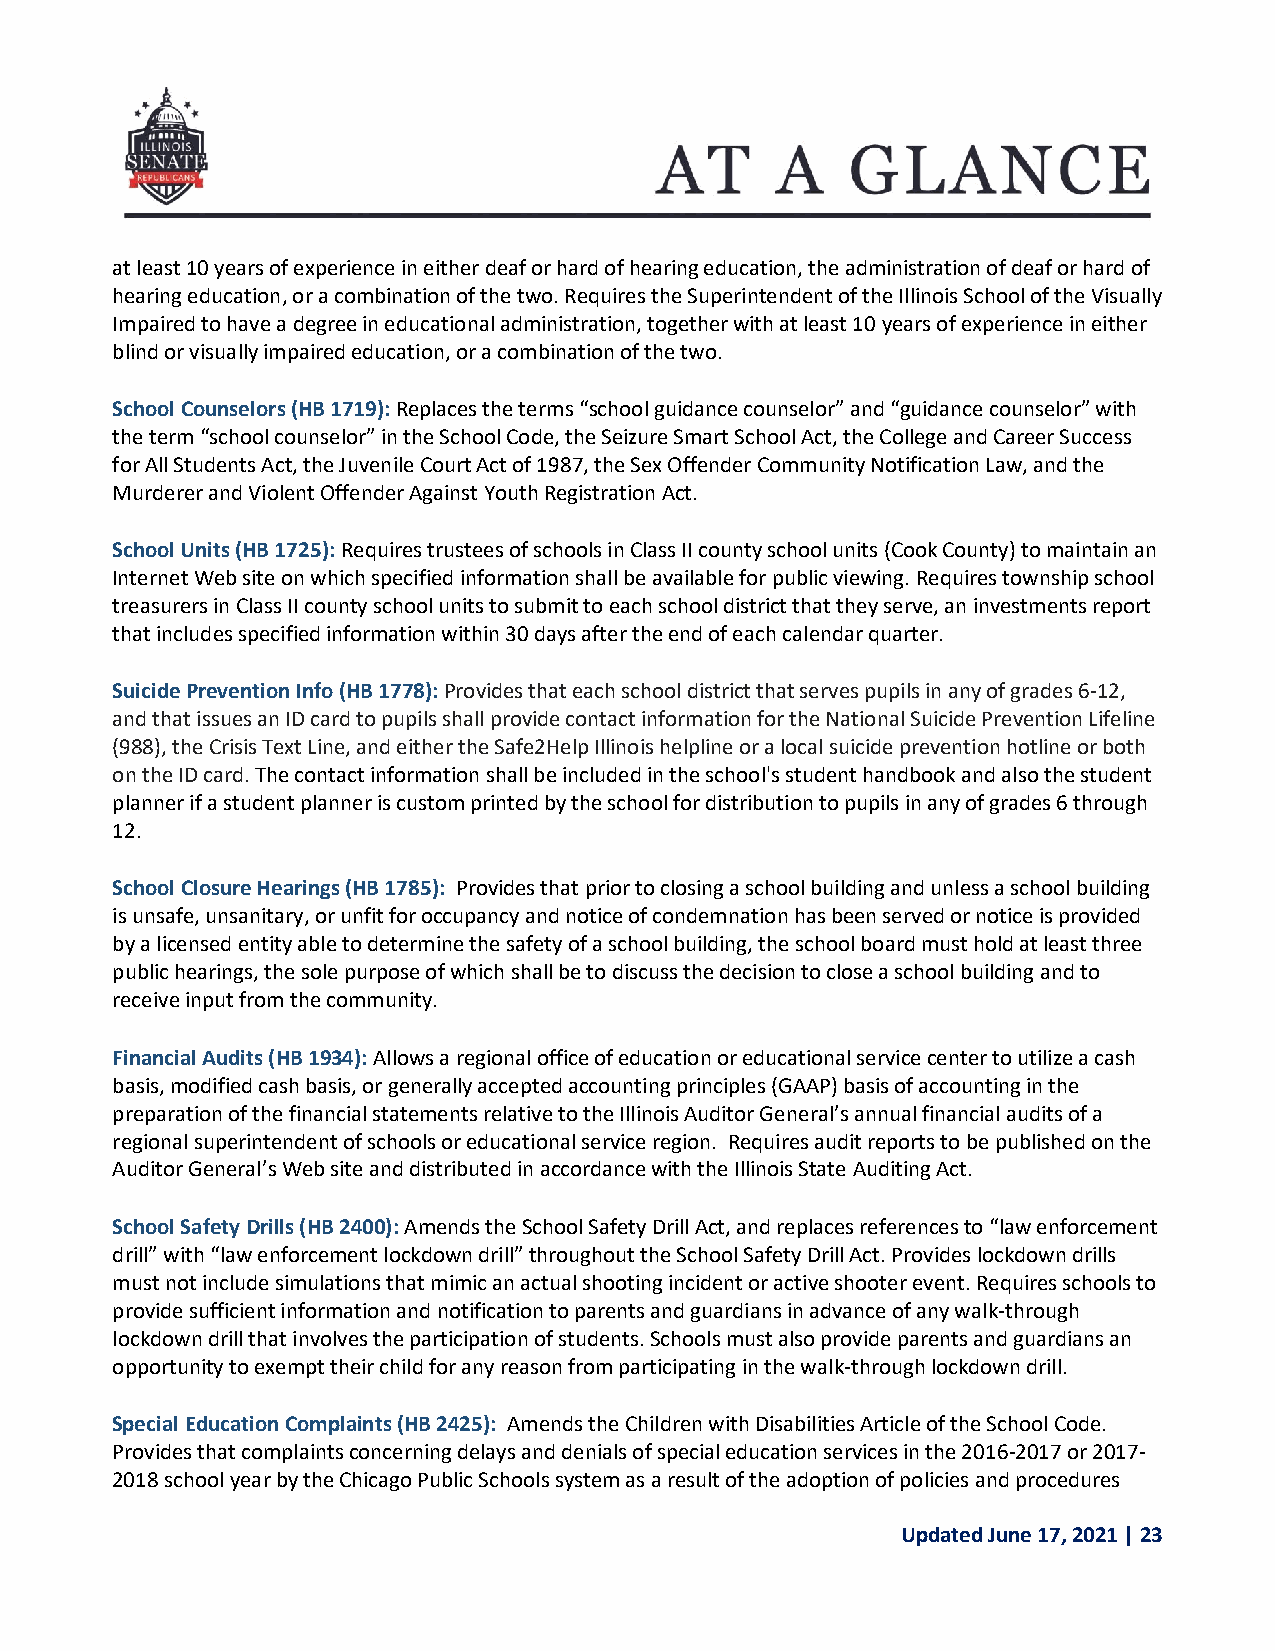
at least 10 years of experience in either deaf or hard of hearing education, the administration of deaf or hard of
 hearing education, or a combination of the two. Requires the Superintendent of the Illinois School of the Visually
 Impaired to have a degree in educational administration, together with at least 10 years of experience in either
 blind or visually impaired education, or a combination of the two.
 School Counselors (HB 1719): Replaces the terms “school guidance counselor” and “guidance counselor” with
 the term “school counselor” in the School Code, the Seizure Smart School Act, the College and Career Success
 for All Students Act, the Juvenile Court Act of 1987, the Sex Offender Community Notification Law, and the
 Murderer and Violent Offender Against Youth Registration Act.
 School Units (HB 1725): Requires trustees of schools in Class II county school units (Cook County) to maintain an
 Internet Web site on which specified information shall be available for public viewing. Requires township school
 treasurers in Class II county school units to submit to each school district that they serve, an investments report
 that includes specified information within 30 days after the end of each calendar quarter.
 Suicide Prevention Info (HB 1778): Provides that each school district that serves pupils in any of grades 6-12,
 and that issues an ID card to pupils shall provide contact information for the National Suicide Prevention Lifeline
 (988), the Crisis Text Line, and either the Safe2Help Illinois helpline or a local suicide prevention hotline or both
 on the ID card. The contact information shall be included in the school's student handbook and also the student
 planner if a student planner is custom printed by the school for distribution to pupils in any of grades 6 through
 12.
 School Closure Hearings (HB 1785): Provides that prior to closing a school building and unless a school building
 is unsafe, unsanitary, or unfit for occupancy and notice of condemnation has been served or notice is provided
 by a licensed entity able to determine the safety of a school building, the school board must hold at least three
 public hearings, the sole purpose of which shall be to discuss the decision to close a school building and to
 receive input from the community.
 Financial Audits (HB 1934): Allows a regional office of education or educational service center to utilize a cash
 basis, modified cash basis, or generally accepted accounting principles (GAAP) basis of accounting in the
 preparation of the financial statements relative to the Illinois Auditor General’s annual financial audits of a
 regional superintendent of schools or educational service region. Requires audit reports to be published on the
 Auditor General’s Web site and distributed in accordance with the Illinois State Auditing Act.
 School Safety Drills (HB 2400): Amends the School Safety Drill Act, and replaces references to “law enforcement
 drill” with “law enforcement lockdown drill” throughout the School Safety Drill Act. Provides lockdown drills
 must not include simulations that mimic an actual shooting incident or active shooter event. Requires schools to
 provide sufficient information and notification to parents and guardians in advance of any walk-through
 lockdown drill that involves the participation of students. Schools must also provide parents and guardians an
 opportunity to exempt their child for any reason from participating in the walk-through lockdown drill.
 Special Education Complaints (HB 2425): Amends the Children with Disabilities Article of the School Code.
 Provides that complaints concerning delays and denials of special education services in the 2016-2017 or 2017-
 2018 school year by the Chicago Public Schools system as a result of the adoption of policies and procedures
 Updated June 17, 2021 | 23